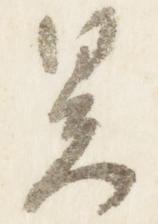
暑